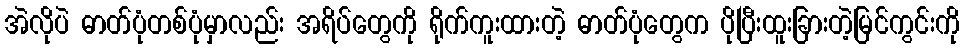
အဲလိုပဲ ဓာတ်ပုံတစ်ပုံမှာလည်း အရိပ်တွေကို ရိုက်ကူးထားတဲ့ ဓာတ်ပုံတွေက ပိုပြီးထူးခြားတဲ့မြင်ကွင်းကို